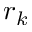
r _ { k }